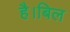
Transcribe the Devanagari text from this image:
है।बिल